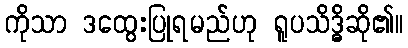
ကိုသာ ဒထွေးပြုရမည်ဟု ရူပသိဒ္ဓိဆို၏။